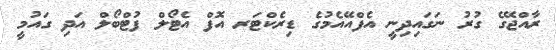
ރާއްޖޭގެ ގުރު ނަގައިދިނީ އެފްއޭއެމުގެ ޑިރެކްޓަރ އޮފް އެޓޯލް ފުޓްބޯލް އަދި ގައުމީ